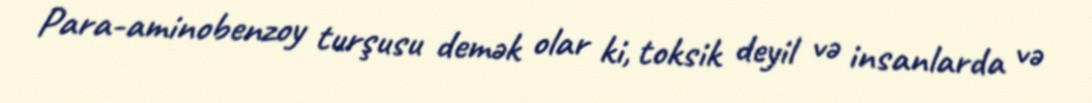
Para-aminobenzoy turşusu demək olar ki, toksik deyil və insanlarda və